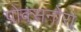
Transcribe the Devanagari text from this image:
पोक्सनोरा